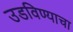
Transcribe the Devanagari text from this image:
उडविण्याचा